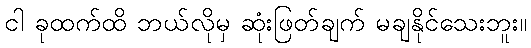
ငါ ခုထက်ထိ ဘယ်လိုမှ ဆုံးဖြတ်ချက် မချနိုင်သေးဘူး။